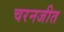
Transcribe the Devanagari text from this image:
चरनजीत